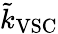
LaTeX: \tilde{k}_{\mathrm{VSC}}